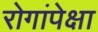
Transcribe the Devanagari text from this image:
रोगांपेक्षा